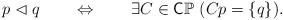
LaTeX: \begin{align*} p\vartriangleleft q\qquad\Leftrightarrow\qquad\exists C\in\mathsf{C}\mathbb{P}\ (Cp=\{q\}).\end{align*}